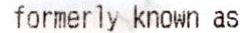
FORMERLY KNOWN AS